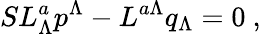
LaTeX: SL_{\Lambda}^{a}p^{\Lambda}-L^{a\Lambda}q_{\Lambda}=0\ ,